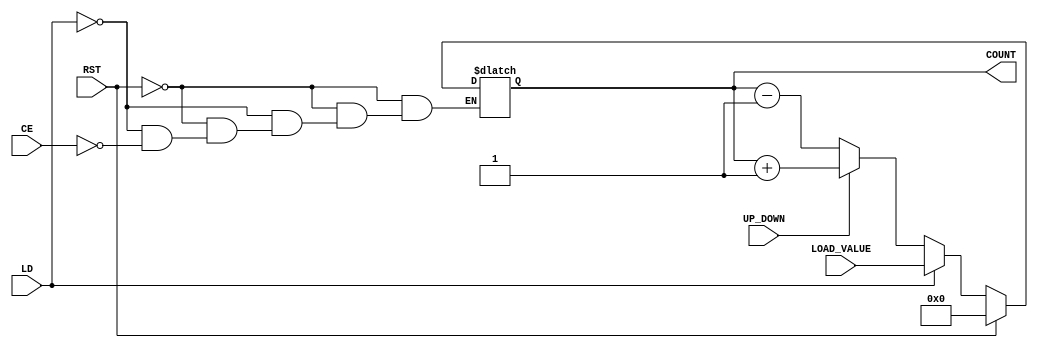
module async_counter (
    input wire CE,      // Count Enable
    input wire RST,     // Asynchronous Reset
    input wire LD,      // Load signal
    input wire [3:0] LOAD_VALUE, // Value to load into the counter
    input wire UP_DOWN, // Counting direction: 1 for up, 0 for down
    output reg [3:0] COUNT // 4-bit counter output
);
    
    // Asynchronous reset and load
    always @* begin
        if (RST) begin
            COUNT = 4'b0000; // Reset counter to 0
        end else if (LD) begin
            COUNT = LOAD_VALUE; // Load specified value
        end else if (CE) begin
            // Counting logic
            if (UP_DOWN) begin
                COUNT = COUNT + 1; // Increment
            end else begin
                COUNT = COUNT - 1; // Decrement
            end
        end
    end

endmodule